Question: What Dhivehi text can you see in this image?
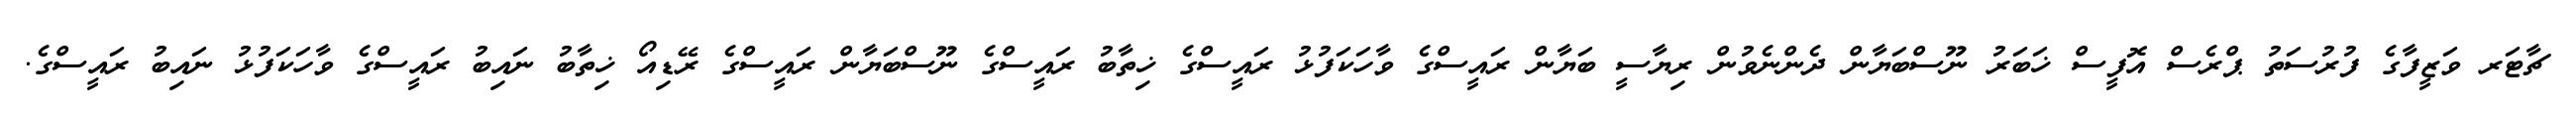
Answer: ޗާޓަރ ވަޒީފާގެ ފުރުސަތު ޕްރެސް އޮފީސް ޚަބަރު ނޫސްބަޔާން ދެންނެވުން ރިޔާސީ ބަޔާން ރައީސްގެ ވާހަކަފުޅު ރައީސްގެ ޚިތާބު ރައީސްގެ ނޫސްބަޔާން ރައީސްގެ ރޭޑިއޯ ޚިތާބު ނައިބު ރައީސްގެ ވާހަކަފުޅު ނައިބު ރައީސްގެ.